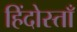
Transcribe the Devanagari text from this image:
हिंदोस्ताँ